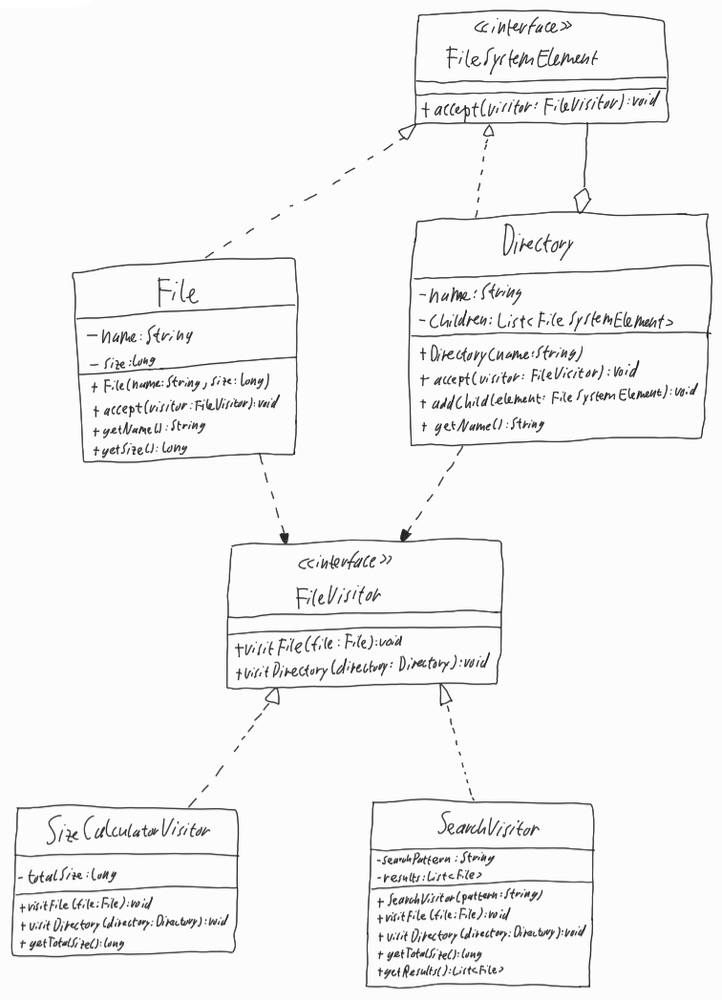
Diagram type: class_diagram
```plantuml
@startuml

interface FileSystemElement {
  + accept(visitor: FileVisitor): void
}

class File implements FileSystemElement {
  - name: String
  - size: long
  + File(name: String, size: long)
  + accept(visitor: FileVisitor): void
  + getName(): String
  + getSIze(): long
}

class Directory implements FileSystemElement {
  - name: String
  - children: List<FileSystemElement>
  + Directory(name: String)
  + accept(visitor: FileVisitor): void
  + addChild(element: FileSystemElement): void
  + getName(): String
}

interface FileVisitor {
  + visitFile(file: File): void
  + visitDirectory(directory: Directory): void
}

class SizeCalculatorVisitor implements FileVisitor {
  - totalSize: long
  + visitFile(file: FIle): void
  + visitDirectory(directory: Directory): void
  + getTotalSize(): long
}

class SearchVisitor implements FileVisitor {
  - serchPattern: String
  - results: List<File>
  + SearchVisitor(pattern: String)
  + visitFile(file: File): void
  + visitDirectory(directory: Directory): void
  + getTotalSize(): long
  + getResults(): List<File>
}

FileSystemElement --o Directory

File ..> FileVisitor

Directory ..> FileVisitor

@enduml
```